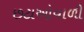
છટાઓવાળી